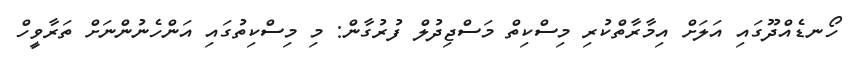
ހޯނޑެއްދޫގައި އަލަށް އިމާރާތްކުރި މިސްކިތް މަސްޖިދުލް ފުރުގާން: މި މިސްކިތުގައި އަންހެނުންނަށް ތަރާވީހް